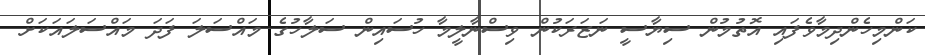
ކަންމިހެންދިމާވެފައި އޮތުމުން ސިޔާސީ ނަޒަރަކުން ވިސްނާލީމާ ހުސައިން ސަލާހުގެ މައްސަލަ ފަދަ މައްސަލައަކަށް